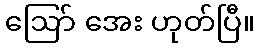
ဩော် အေး ဟုတ်ပြီ။